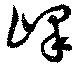
嶧